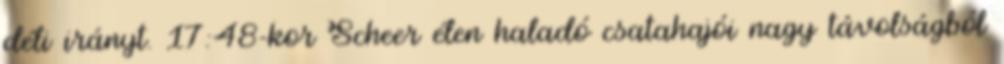
déli irányt. 17:48-kor Scheer élen haladó csatahajói nagy távolságból